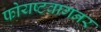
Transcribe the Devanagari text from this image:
फोयष्टवागनर